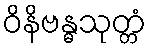
ဝိနိဗန္ဓသုတ္တံ